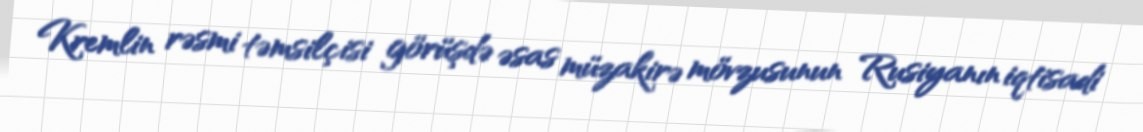
Kremlin rəsmi təmsilçisi görüşdə əsas müzakirə mövzusunun Rusiyanın iqtisadi